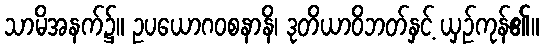
သာမိအနက်၌။ ဥပယောဂဝစနာနိ၊ ဒုတိယာဝိဘတ်နှင့် ယှဉ်ကုန်၏။